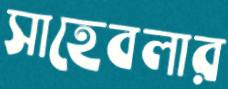
সাহেবলার